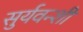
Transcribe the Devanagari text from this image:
सुर्यवन्शी